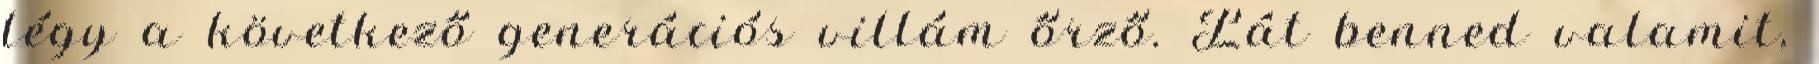
légy a következő generációs villám őrző. Lát benned valamit,